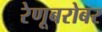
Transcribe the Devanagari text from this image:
रेणूबरोबर